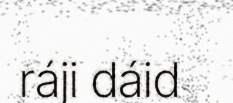
ráji dáid